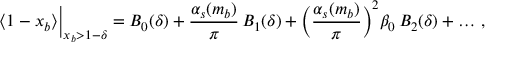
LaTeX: \langle 1 - x _ { b } \rangle \Big | _ { x _ { b } > 1 - \delta } = B _ { 0 } ( \delta ) + \frac { \alpha _ { s } ( m _ { b } ) } { \pi } \, B _ { 1 } ( \delta ) + \bigg ( \frac { \alpha _ { s } ( m _ { b } ) } { \pi } \bigg ) ^ { 2 } \beta _ { 0 } \, B _ { 2 } ( \delta ) + \ldots \, ,